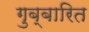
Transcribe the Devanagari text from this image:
गुब्बारित